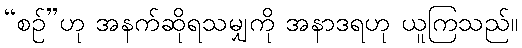
“စဉ်”ဟု အနက်ဆိုရသမျှကို အနာဒရဟု ယူကြသည်။